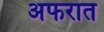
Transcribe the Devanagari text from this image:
अफरात